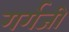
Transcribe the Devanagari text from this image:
गर्गजी